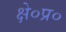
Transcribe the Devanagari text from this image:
क्षे०प्र०